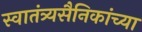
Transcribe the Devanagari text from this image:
स्वातंत्र्यसैनिकांच्या